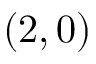
( 2 , 0 )